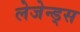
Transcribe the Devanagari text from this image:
लेजेन्ड्स